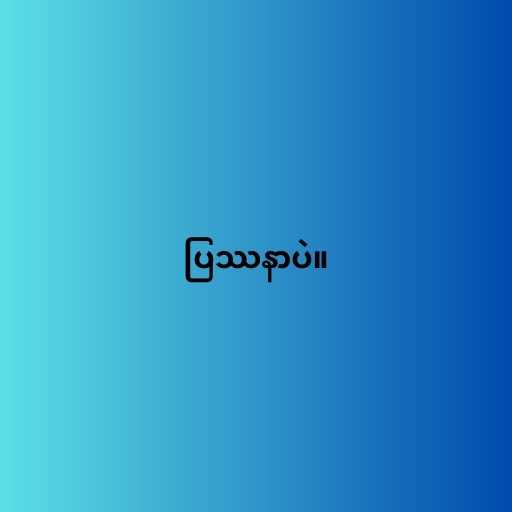
ပြဿနာပဲ။